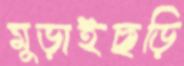
মুড়াইছড়ি